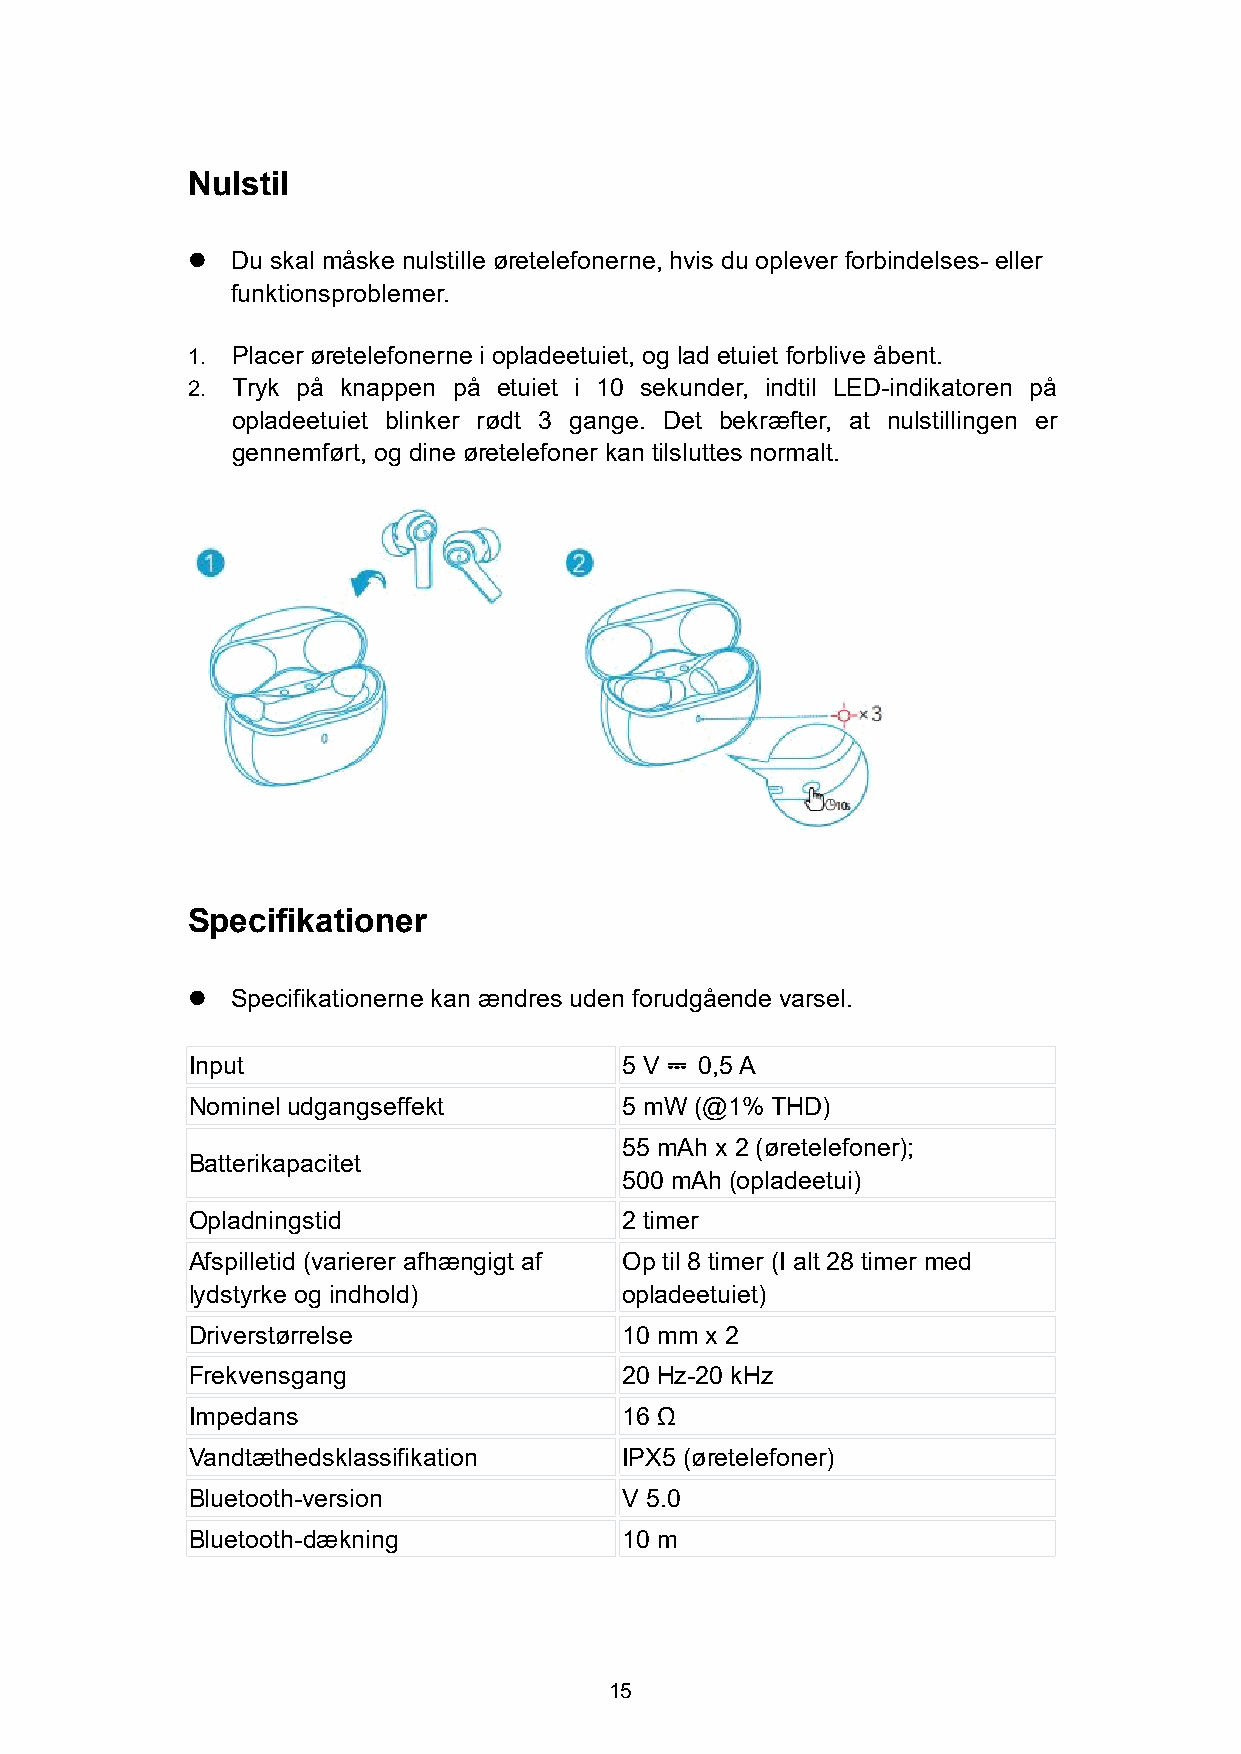
Nulstil
   Du skal måske nulstille øretelefonerne, hvis du oplever forbindelses- eller
 funktionsproblemer.
 1. Placer øretelefonerne i opladeetuiet, og lad etuiet forblive åbent.
 2. Tryk på knappen på etuiet i 10 sekunder, indtil LED-indikatoren på
 opladeetuiet blinker rødt 3 gange. Det bekræfter, at nulstillingen er
 gennemført, og dine øretelefoner kan tilsluttes normalt.
 Specifikationer
   Specifikationerne kan ændres uden forudgående varsel.
 Input                        5 V  0,5A
 ⎓
 Nominel udgangseffekt        5 mW (@1% THD)
 55 mAh x 2 (øretelefoner);
 Batterikapacitet
 500 mAh (opladeetui)
 Opladningstid                2 timer
 Afspilletid (varierer afhængigt af Op til 8 timer (I alt 28 timer med
 lydstyrke og indhold)        opladeetuiet)
 Driverstørrelse              10 mm x 2
 Frekvensgang                 20 Hz-20 kHz
 Impedans                     16 Ω
 Vandtæthedsklassifikation    IPX5 (øretelefoner)
 Bluetooth-version            V 5.0
 Bluetooth-dækning            10 m
 15